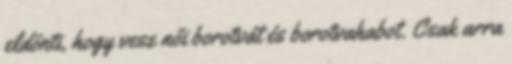
eldönti, hogy vesz női borotvát és borotvahabot. Csak arra